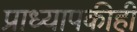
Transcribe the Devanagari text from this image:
प्राध्यापकीही